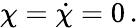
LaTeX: \chi=\dot{\chi}=0\, .